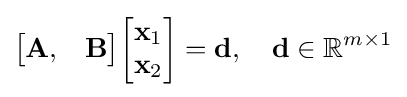
{\begin{bmatrix}\mathbf {A} ,&\mathbf {B} \end{bmatrix}}{\begin{bmatrix}\mathbf {x} _{1}\\\mathbf {x} _{2}\\\end{bmatrix}}=\mathbf {d} ,\quad \mathbf {d} \in \mathbb {R} ^{m\times 1}